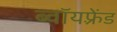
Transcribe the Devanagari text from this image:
ब्वॉयफ़्रेंड